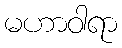
မဟာဝါရာ